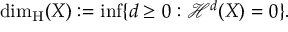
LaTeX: \dim _ { \operatorname { H } } ( X ) : = \operatorname* { i n f } \{ d \geq 0 : { \mathcal { H } } ^ { d } ( X ) = 0 \} .